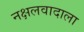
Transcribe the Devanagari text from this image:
नक्षलवादाला